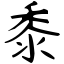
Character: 黍